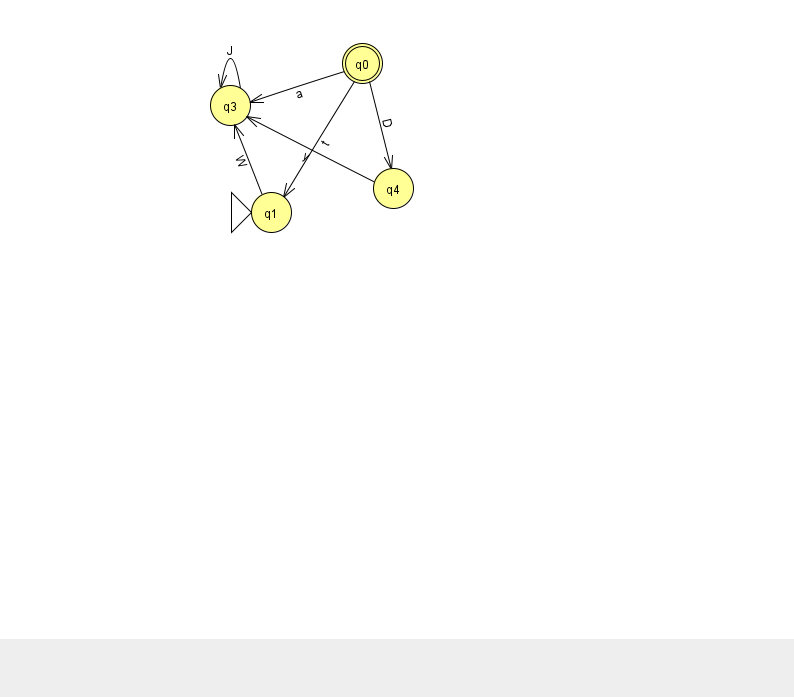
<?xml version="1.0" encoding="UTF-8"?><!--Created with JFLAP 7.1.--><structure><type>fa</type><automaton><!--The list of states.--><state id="0" name="q0"><x>362.0</x><y>50.0</y><final/></state><state id="1" name="q1"><x>271.0</x><y>199.0</y><initial/></state><state id="3" name="q3"><x>230.0</x><y>92.0</y></state><state id="4" name="q4"><x>393.0</x><y>175.0</y></state><!--The list of transitions.--><transition><from>0</from><to>4</to><read>D</read></transition><transition><from>0</from><to>3</to><read>a</read></transition><transition><from>0</from><to>1</to><read>t</read></transition><transition><from>3</from><to>3</to><read>J</read></transition><transition><from>4</from><to>3</to><read>y</read></transition><transition><from>1</from><to>3</to><read>W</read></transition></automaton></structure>